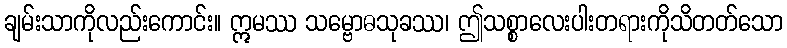
ချမ်းသာကိုလည်းကောင်း။ ဣမဿ သမ္ဗောဓသုခဿ၊ ဤသစ္စာလေးပါးတရားကိုသိတတ်သော